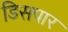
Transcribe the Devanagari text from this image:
डिसपार